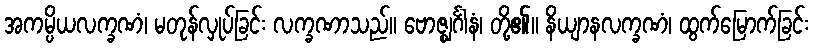
အကမ္ပိယလက္ခဏံ၊ မတုန်လှုပ်ခြင်း လက္ခဏာသည်။ ဗောဇ္ဈင်္ဂါနံ၊ တို့၏။ နိယျာနလက္ခဏံ၊ ထွက်မြောက်ခြင်း